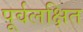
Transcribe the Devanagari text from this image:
पूर्वलक्षित